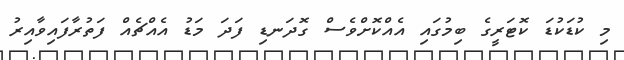
މި ކުޑަކުޑަ ކޮޓަރީގެ ބިމުގައި އެއްކޮށްވެސް ގޮދަނޑި ފަދަ މަޑު އެއްޗެއް ފަތުރާފައިވާއިރު